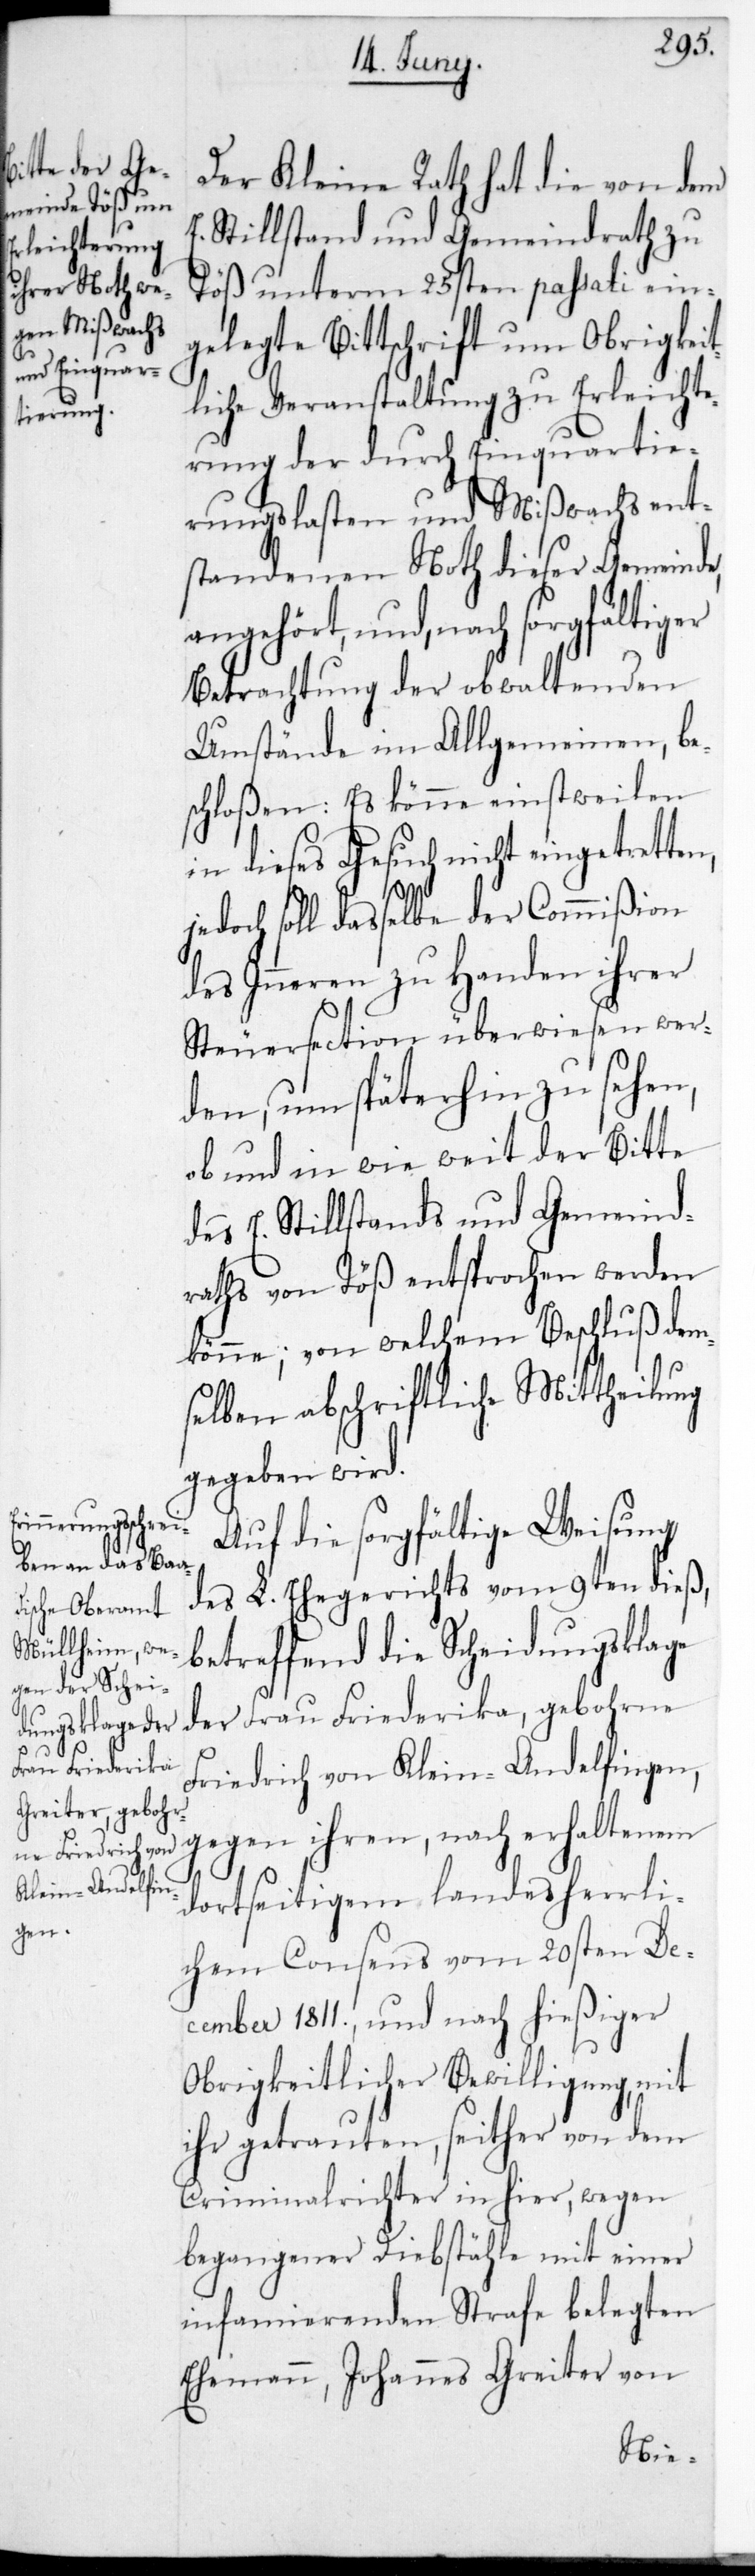
Der Kleine Rath hat die von dem
E. Stillstand und Gemeindrath zu
Töß unterm 25sten passati ein¬
gelegte Bittschrift um obrigkeit¬
liche Veranstaltung zu Erleichte¬
rung der durch Einquartie¬
rungslasten und Mißwachs ent¬
standenen Noth dieser Gemeinde,
angehört, und nach sorgfältiger
Betrachtung der obwaltenden
Umstände im Allgemeinen, be¬
jedoch soll daßelbe der Commißion
des Inneren zu Handen ihrer
Steuersection überwiesen wer¬
den, um späterhin zu sehen,
ob und in wie weit der Bitte
des E. Stillstands und Gemeind¬
raths von Töß entsprochen werden
könne; von welchem Beschluß dem¬
selben abschriftliche Mittheilung
gegeben wird.
eingetret¬
Auf die sorgfältige Weisung
des L. Ehegerichts vom 9ten dieß,
betreffend die Scheidungsklage
der Frau Friederika, gebohrne
len in dieses
Friedrich, von Kleinandelfingen,
gegen ihren, nach erhaltenen
dortseitigem landesherrli¬
ten,
chem Consens vom 20sten De¬
cember 1811. und nach hießiger
Obrigkeitlicher Bewilligung, mit
ihr getrauten, seither von dem
Criminalrichter in hier, wegen
begangener Diebstähle mit einer
infamierenden Strafe belegten
Ehemann, Johannes Greiter von